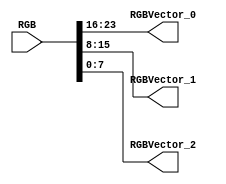
// -------------------------------------------------------------
// 
// 
// Generated by MATLAB 9.6 and HDL Coder 3.14
// 
// -------------------------------------------------------------


// -------------------------------------------------------------
// 
// Module: K_Means_ip_src_RGB2Vector
// Source Path: Sementation_8K/Segmentation_HW/RGB2Vector
// Hierarchy Level: 1
// 
// -------------------------------------------------------------

`timescale 1 ns / 1 ns

module K_Means_ip_src_RGB2Vector
          (RGB,
           RGBVector_0,
           RGBVector_1,
           RGBVector_2);


  input   [31:0] RGB;  // uint32
  output  [7:0] RGBVector_0;  // uint8
  output  [7:0] RGBVector_1;  // uint8
  output  [7:0] RGBVector_2;  // uint8


  wire [7:0] Bit_Slice_out1;  // uint8
  wire [7:0] Bit_Slice1_out1;  // uint8
  wire [7:0] Bit_Slice2_out1;  // uint8

  // RGB represented in
  // 32'hFFRRGGBB


  assign Bit_Slice_out1 = RGB[23:16];



  assign RGBVector_0 = Bit_Slice_out1;

  assign Bit_Slice1_out1 = RGB[15:8];



  assign RGBVector_1 = Bit_Slice1_out1;

  assign Bit_Slice2_out1 = RGB[7:0];



  assign RGBVector_2 = Bit_Slice2_out1;

endmodule  // K_Means_ip_src_RGB2Vector